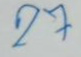
27